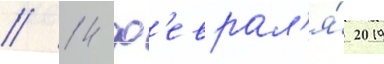
// 14 ф'еврал'я́ 2019